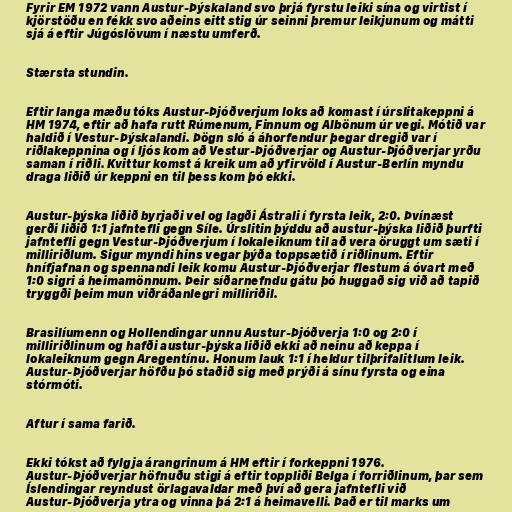
Fyrir EM 1972 vann Austur-Þýskaland svo þrjá fyrstu leiki sína og virtist í
kjörstöðu en fékk svo aðeins eitt stig úr seinni þremur leikjunum og mátti
sjá á eftir Júgóslövum í næstu umferð.

Stærsta stundin.

Eftir langa mæðu tóks Austur-Þjóðverjum loks að komast í úrslitakeppni á
HM 1974, eftir að hafa rutt Rúmenum, Finnum og Albönum úr vegi. Mótið var
haldið í Vestur-Þýskalandi. Þögn sló á áhorfendur þegar dregið var í
riðlakeppnina og í ljós kom að Vestur-Þjóðverjar og Austur-Þjóðverjar yrðu
saman í riðli. Kvittur komst á kreik um að yfirvöld í Austur-Berlín myndu
draga liðið úr keppni en til þess kom þó ekki.

Austur-þýska liðið byrjaði vel og lagði Ástrali í fyrsta leik, 2:0. Þvínæst
gerði liðið 1:1 jafntefli gegn Síle. Úrslitin þýddu að austur-þýska liðið þurfti
jafntefli gegn Vestur-Þjóðverjum í lokaleiknum til að vera öruggt um sæti í
milliriðlum. Sigur myndi hins vegar þýða toppsætið í riðlinum. Eftir
hnífjafnan og spennandi leik komu Austur-Þjóðverjar flestum á óvart með
1:0 sigri á heimamönnum. Þeir síðarnefndu gátu þó huggað sig við að tapið
tryggði þeim mun viðráðanlegri milliriðil.

Brasilíumenn og Hollendingar unnu Austur-Þjóðverja 1:0 og 2:0 í
milliriðlinum og hafði austur-þýska liðið ekki að neinu að keppa í
lokaleiknum gegn Aregentínu. Honum lauk 1:1 í heldur tilþrifalitlum leik.
Austur-Þjóðverjar höfðu þó staðið sig með prýði á sínu fyrsta og eina
stórmóti.

Aftur í sama farið.

Ekki tókst að fylgja árangrinum á HM eftir í forkeppni 1976.
Austur-Þjóðverjar höfnuðu stigi á eftir toppliði Belga í forriðlinum, þar sem
Íslendingar reyndust örlagavaldar með því að gera jafntefli við
Austur-Þjóðverja ytra og vinna þá 2:1 á heimavelli. Það er til marks um